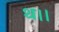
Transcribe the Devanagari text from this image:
थ।।